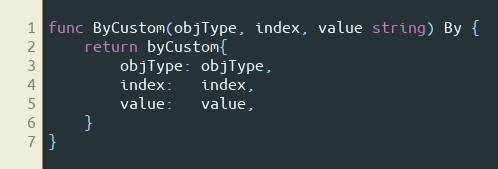
Language: Go
func ByCustom(objType, index, value string) By {
	return byCustom{
		objType: objType,
		index:   index,
		value:   value,
	}
}